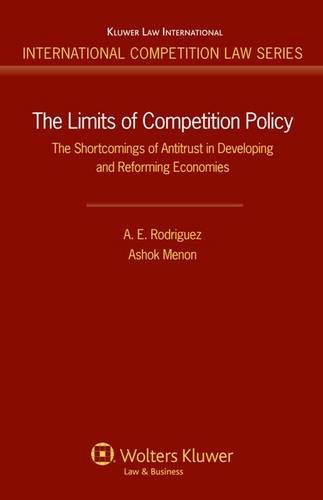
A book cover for The Limits of Competition Policy: The Shortcomings of Antitrust in Developing and Reforming Economies (International Competition Law Series); A.E. Rodriguez; Law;